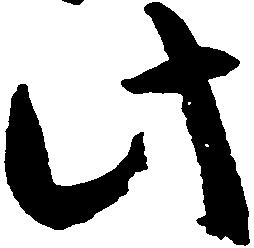
此